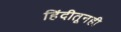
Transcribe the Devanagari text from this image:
हिंदीतूनही